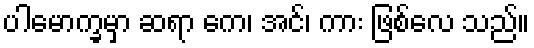
ပါမောက္ခမှာ ဆရာ ကေ၊ အင်၊ ကား ဖြစ်လေ သည်။